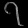
Digit: ၇